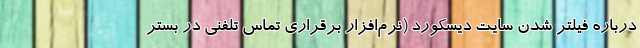
درباره فیلتر شدن سایت دیسکورد (نرم‌افزار برقراری تماس تلفنی در بستر